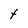
Character: t